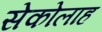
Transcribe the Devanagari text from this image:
सेकोलाह